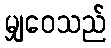
မျှဝေသည်